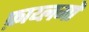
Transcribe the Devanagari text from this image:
फ़ाय्लमों